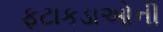
ફટાકડાઓની